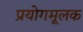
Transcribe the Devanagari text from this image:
प्रयोगमूलक